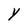
Character: Y